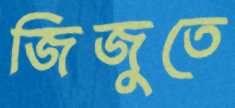
জিজুতে